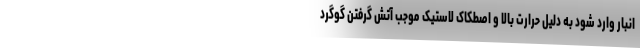
انبار وارد شود به دلیل حرارت بالا و اصطکاک لاستیک موجب آتش گرفتن گوگرد